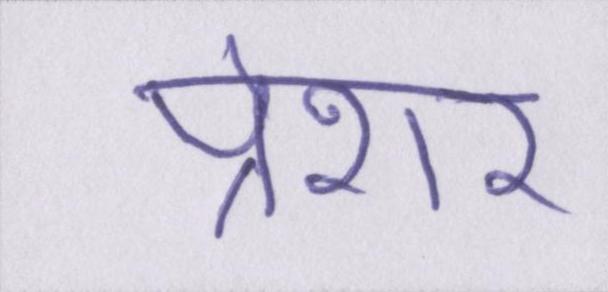
प्रेशर